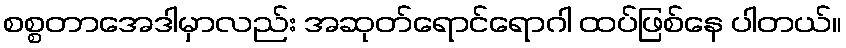
စစ္စတာအေဒါမှာလည်း အဆုတ်ရောင်ရောဂါ ထပ်ဖြစ်နေ ပါတယ်။